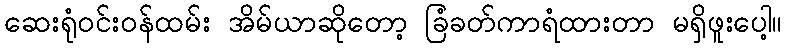
ဆေးရုံဝင်းဝန်ထမ်း အိမ်ယာဆိုတော့ ခြံခတ်ကာရံထားတာ မရှိဖူးပေါ့။